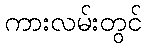
ကားလမ်းတွင်